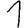
Digit: 1